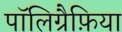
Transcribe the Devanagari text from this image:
पॉलिग्रैफ़िया